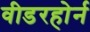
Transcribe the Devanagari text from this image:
वीडरहोर्न